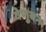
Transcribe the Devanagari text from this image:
वेणुबन